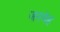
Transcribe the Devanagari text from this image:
जरमेह